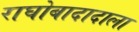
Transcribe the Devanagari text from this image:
राघोबादादाला